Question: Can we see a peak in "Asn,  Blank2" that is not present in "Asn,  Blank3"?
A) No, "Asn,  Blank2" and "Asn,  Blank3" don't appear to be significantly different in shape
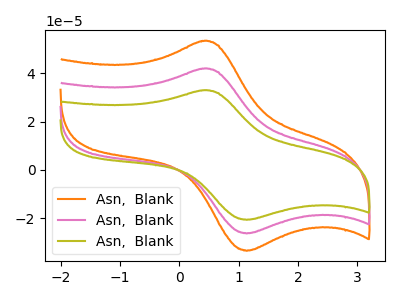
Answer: <think>The orange curve "Asn,  Blank1" has an anodic peak at (0.40V, 84.00uA) and a cathodic peak at (1.15V, -52.75uA). The pink curve "Asn,  Blank2" has an anodic peak at (0.40V, 42.00uA) and a cathodic peak at (1.15V, -26.35uA). The olive curve "Asn,  Blank3" has an anodic peak at (0.40V, 33.00uA) and a cathodic peak at (1.15V, -20.70uA).
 All the peaks in "Asn,  Blank2" have a peak in "Asn,  Blank3" at the same potential. Every peak in "Asn,  Blank2" is higher than every peak in "Asn,  Blank3".</think>
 <answer>A) No, "Asn,  Blank2" and "Asn,  Blank3" don't appear to be significantly different in shape</answer>
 <eval>A</eval>